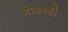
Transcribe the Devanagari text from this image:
गोडली